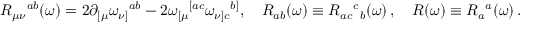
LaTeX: R _ { \mu \nu } { } ^ { a b } ( \omega ) = 2 \partial _ { [ \mu } \omega _ { \nu ] } { } ^ { a b } - 2 \omega _ { [ \mu } { } ^ { [ a c } \omega _ { \nu ] c } { } ^ { b ] } , \quad R _ { a b } ( \omega ) \equiv R _ { a c } { } ^ { c } { } _ { b } ( \omega ) \, , \quad R ( \omega ) \equiv R _ { a } { } ^ { a } ( \omega ) \, .